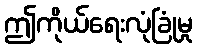
ဤကိုယ်ရေးလုံခြုံမှု